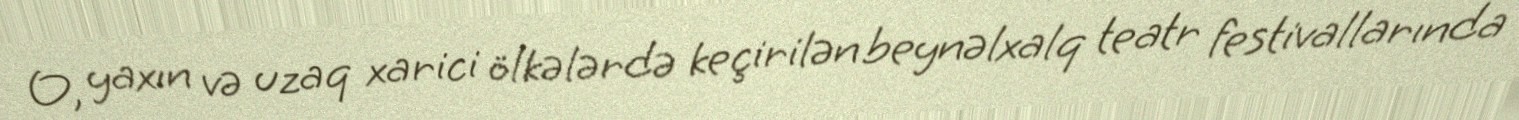
O, yaxın və uzaq xarici ölkələrdə keçirilən beynəlxalq teatr festivallarında